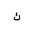
Letter: _kaf